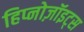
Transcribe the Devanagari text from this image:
हिप्नोज़ॉइट्स